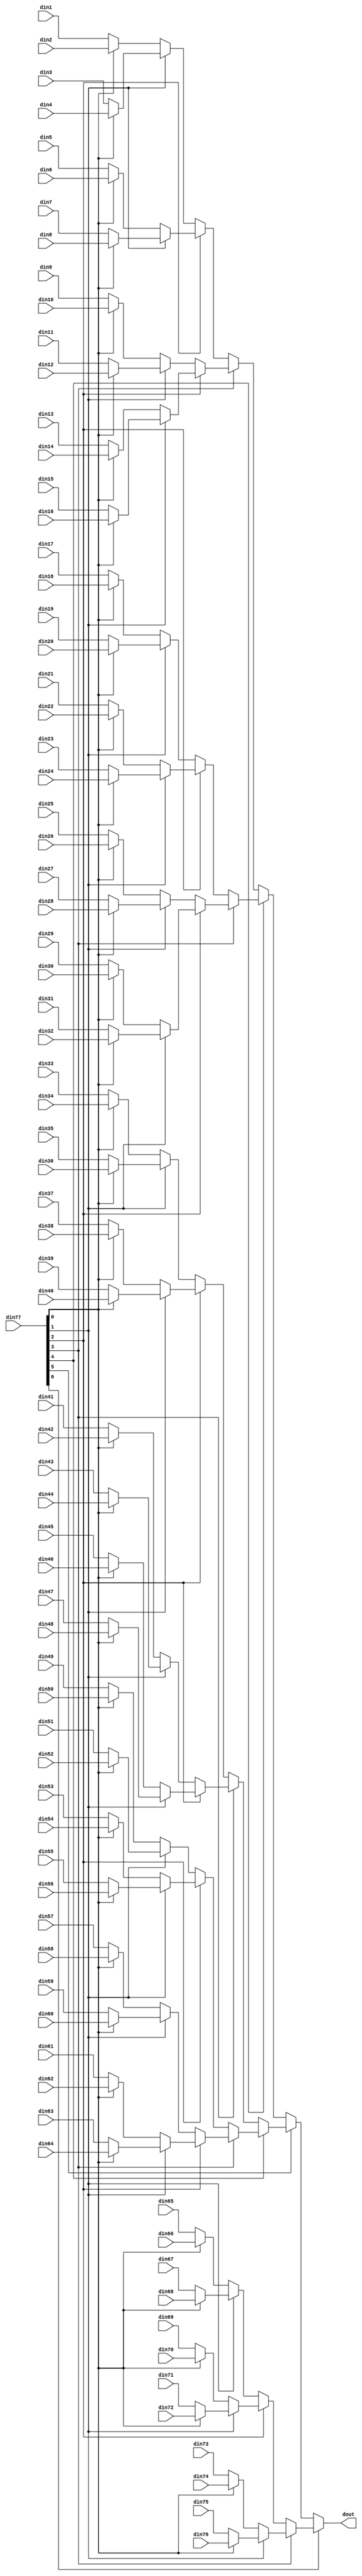
// ==============================================================
// File generated by Vivado(TM) HLS - High-Level Synthesis from C, C++ and SystemC
// Version: 2016.1
// Copyright (C) 1986-2016 Xilinx, Inc. All Rights Reserved.
// 
// ==============================================================


`timescale 1ns/1ps

module spk_transform_mux_76to1_sel7_32_1 #(
parameter
    ID                = 0,
    NUM_STAGE         = 1,
    din1_WIDTH       = 32,
    din2_WIDTH       = 32,
    din3_WIDTH       = 32,
    din4_WIDTH       = 32,
    din5_WIDTH       = 32,
    din6_WIDTH       = 32,
    din7_WIDTH       = 32,
    din8_WIDTH       = 32,
    din9_WIDTH       = 32,
    din10_WIDTH       = 32,
    din11_WIDTH       = 32,
    din12_WIDTH       = 32,
    din13_WIDTH       = 32,
    din14_WIDTH       = 32,
    din15_WIDTH       = 32,
    din16_WIDTH       = 32,
    din17_WIDTH       = 32,
    din18_WIDTH       = 32,
    din19_WIDTH       = 32,
    din20_WIDTH       = 32,
    din21_WIDTH       = 32,
    din22_WIDTH       = 32,
    din23_WIDTH       = 32,
    din24_WIDTH       = 32,
    din25_WIDTH       = 32,
    din26_WIDTH       = 32,
    din27_WIDTH       = 32,
    din28_WIDTH       = 32,
    din29_WIDTH       = 32,
    din30_WIDTH       = 32,
    din31_WIDTH       = 32,
    din32_WIDTH       = 32,
    din33_WIDTH       = 32,
    din34_WIDTH       = 32,
    din35_WIDTH       = 32,
    din36_WIDTH       = 32,
    din37_WIDTH       = 32,
    din38_WIDTH       = 32,
    din39_WIDTH       = 32,
    din40_WIDTH       = 32,
    din41_WIDTH       = 32,
    din42_WIDTH       = 32,
    din43_WIDTH       = 32,
    din44_WIDTH       = 32,
    din45_WIDTH       = 32,
    din46_WIDTH       = 32,
    din47_WIDTH       = 32,
    din48_WIDTH       = 32,
    din49_WIDTH       = 32,
    din50_WIDTH       = 32,
    din51_WIDTH       = 32,
    din52_WIDTH       = 32,
    din53_WIDTH       = 32,
    din54_WIDTH       = 32,
    din55_WIDTH       = 32,
    din56_WIDTH       = 32,
    din57_WIDTH       = 32,
    din58_WIDTH       = 32,
    din59_WIDTH       = 32,
    din60_WIDTH       = 32,
    din61_WIDTH       = 32,
    din62_WIDTH       = 32,
    din63_WIDTH       = 32,
    din64_WIDTH       = 32,
    din65_WIDTH       = 32,
    din66_WIDTH       = 32,
    din67_WIDTH       = 32,
    din68_WIDTH       = 32,
    din69_WIDTH       = 32,
    din70_WIDTH       = 32,
    din71_WIDTH       = 32,
    din72_WIDTH       = 32,
    din73_WIDTH       = 32,
    din74_WIDTH       = 32,
    din75_WIDTH       = 32,
    din76_WIDTH       = 32,
    din77_WIDTH         = 32,
    dout_WIDTH            = 32
)(
    input  [31 : 0]     din1,
    input  [31 : 0]     din2,
    input  [31 : 0]     din3,
    input  [31 : 0]     din4,
    input  [31 : 0]     din5,
    input  [31 : 0]     din6,
    input  [31 : 0]     din7,
    input  [31 : 0]     din8,
    input  [31 : 0]     din9,
    input  [31 : 0]     din10,
    input  [31 : 0]     din11,
    input  [31 : 0]     din12,
    input  [31 : 0]     din13,
    input  [31 : 0]     din14,
    input  [31 : 0]     din15,
    input  [31 : 0]     din16,
    input  [31 : 0]     din17,
    input  [31 : 0]     din18,
    input  [31 : 0]     din19,
    input  [31 : 0]     din20,
    input  [31 : 0]     din21,
    input  [31 : 0]     din22,
    input  [31 : 0]     din23,
    input  [31 : 0]     din24,
    input  [31 : 0]     din25,
    input  [31 : 0]     din26,
    input  [31 : 0]     din27,
    input  [31 : 0]     din28,
    input  [31 : 0]     din29,
    input  [31 : 0]     din30,
    input  [31 : 0]     din31,
    input  [31 : 0]     din32,
    input  [31 : 0]     din33,
    input  [31 : 0]     din34,
    input  [31 : 0]     din35,
    input  [31 : 0]     din36,
    input  [31 : 0]     din37,
    input  [31 : 0]     din38,
    input  [31 : 0]     din39,
    input  [31 : 0]     din40,
    input  [31 : 0]     din41,
    input  [31 : 0]     din42,
    input  [31 : 0]     din43,
    input  [31 : 0]     din44,
    input  [31 : 0]     din45,
    input  [31 : 0]     din46,
    input  [31 : 0]     din47,
    input  [31 : 0]     din48,
    input  [31 : 0]     din49,
    input  [31 : 0]     din50,
    input  [31 : 0]     din51,
    input  [31 : 0]     din52,
    input  [31 : 0]     din53,
    input  [31 : 0]     din54,
    input  [31 : 0]     din55,
    input  [31 : 0]     din56,
    input  [31 : 0]     din57,
    input  [31 : 0]     din58,
    input  [31 : 0]     din59,
    input  [31 : 0]     din60,
    input  [31 : 0]     din61,
    input  [31 : 0]     din62,
    input  [31 : 0]     din63,
    input  [31 : 0]     din64,
    input  [31 : 0]     din65,
    input  [31 : 0]     din66,
    input  [31 : 0]     din67,
    input  [31 : 0]     din68,
    input  [31 : 0]     din69,
    input  [31 : 0]     din70,
    input  [31 : 0]     din71,
    input  [31 : 0]     din72,
    input  [31 : 0]     din73,
    input  [31 : 0]     din74,
    input  [31 : 0]     din75,
    input  [31 : 0]     din76,
    input  [6 : 0]    din77,
    output [31 : 0]   dout);

// puts internal signals
wire [6 : 0]     sel;
// level 1 signals
wire [31 : 0]         mux_1_0;
wire [31 : 0]         mux_1_1;
wire [31 : 0]         mux_1_2;
wire [31 : 0]         mux_1_3;
wire [31 : 0]         mux_1_4;
wire [31 : 0]         mux_1_5;
wire [31 : 0]         mux_1_6;
wire [31 : 0]         mux_1_7;
wire [31 : 0]         mux_1_8;
wire [31 : 0]         mux_1_9;
wire [31 : 0]         mux_1_10;
wire [31 : 0]         mux_1_11;
wire [31 : 0]         mux_1_12;
wire [31 : 0]         mux_1_13;
wire [31 : 0]         mux_1_14;
wire [31 : 0]         mux_1_15;
wire [31 : 0]         mux_1_16;
wire [31 : 0]         mux_1_17;
wire [31 : 0]         mux_1_18;
wire [31 : 0]         mux_1_19;
wire [31 : 0]         mux_1_20;
wire [31 : 0]         mux_1_21;
wire [31 : 0]         mux_1_22;
wire [31 : 0]         mux_1_23;
wire [31 : 0]         mux_1_24;
wire [31 : 0]         mux_1_25;
wire [31 : 0]         mux_1_26;
wire [31 : 0]         mux_1_27;
wire [31 : 0]         mux_1_28;
wire [31 : 0]         mux_1_29;
wire [31 : 0]         mux_1_30;
wire [31 : 0]         mux_1_31;
wire [31 : 0]         mux_1_32;
wire [31 : 0]         mux_1_33;
wire [31 : 0]         mux_1_34;
wire [31 : 0]         mux_1_35;
wire [31 : 0]         mux_1_36;
wire [31 : 0]         mux_1_37;
// level 2 signals
wire [31 : 0]         mux_2_0;
wire [31 : 0]         mux_2_1;
wire [31 : 0]         mux_2_2;
wire [31 : 0]         mux_2_3;
wire [31 : 0]         mux_2_4;
wire [31 : 0]         mux_2_5;
wire [31 : 0]         mux_2_6;
wire [31 : 0]         mux_2_7;
wire [31 : 0]         mux_2_8;
wire [31 : 0]         mux_2_9;
wire [31 : 0]         mux_2_10;
wire [31 : 0]         mux_2_11;
wire [31 : 0]         mux_2_12;
wire [31 : 0]         mux_2_13;
wire [31 : 0]         mux_2_14;
wire [31 : 0]         mux_2_15;
wire [31 : 0]         mux_2_16;
wire [31 : 0]         mux_2_17;
wire [31 : 0]         mux_2_18;
// level 3 signals
wire [31 : 0]         mux_3_0;
wire [31 : 0]         mux_3_1;
wire [31 : 0]         mux_3_2;
wire [31 : 0]         mux_3_3;
wire [31 : 0]         mux_3_4;
wire [31 : 0]         mux_3_5;
wire [31 : 0]         mux_3_6;
wire [31 : 0]         mux_3_7;
wire [31 : 0]         mux_3_8;
wire [31 : 0]         mux_3_9;
// level 4 signals
wire [31 : 0]         mux_4_0;
wire [31 : 0]         mux_4_1;
wire [31 : 0]         mux_4_2;
wire [31 : 0]         mux_4_3;
wire [31 : 0]         mux_4_4;
// level 5 signals
wire [31 : 0]         mux_5_0;
wire [31 : 0]         mux_5_1;
wire [31 : 0]         mux_5_2;
// level 6 signals
wire [31 : 0]         mux_6_0;
wire [31 : 0]         mux_6_1;
// level 7 signals
wire [31 : 0]         mux_7_0;

assign sel = din77;

// Generate level 1 logic
assign mux_1_0 = (sel[0] == 0)? din1 : din2;
assign mux_1_1 = (sel[0] == 0)? din3 : din4;
assign mux_1_2 = (sel[0] == 0)? din5 : din6;
assign mux_1_3 = (sel[0] == 0)? din7 : din8;
assign mux_1_4 = (sel[0] == 0)? din9 : din10;
assign mux_1_5 = (sel[0] == 0)? din11 : din12;
assign mux_1_6 = (sel[0] == 0)? din13 : din14;
assign mux_1_7 = (sel[0] == 0)? din15 : din16;
assign mux_1_8 = (sel[0] == 0)? din17 : din18;
assign mux_1_9 = (sel[0] == 0)? din19 : din20;
assign mux_1_10 = (sel[0] == 0)? din21 : din22;
assign mux_1_11 = (sel[0] == 0)? din23 : din24;
assign mux_1_12 = (sel[0] == 0)? din25 : din26;
assign mux_1_13 = (sel[0] == 0)? din27 : din28;
assign mux_1_14 = (sel[0] == 0)? din29 : din30;
assign mux_1_15 = (sel[0] == 0)? din31 : din32;
assign mux_1_16 = (sel[0] == 0)? din33 : din34;
assign mux_1_17 = (sel[0] == 0)? din35 : din36;
assign mux_1_18 = (sel[0] == 0)? din37 : din38;
assign mux_1_19 = (sel[0] == 0)? din39 : din40;
assign mux_1_20 = (sel[0] == 0)? din41 : din42;
assign mux_1_21 = (sel[0] == 0)? din43 : din44;
assign mux_1_22 = (sel[0] == 0)? din45 : din46;
assign mux_1_23 = (sel[0] == 0)? din47 : din48;
assign mux_1_24 = (sel[0] == 0)? din49 : din50;
assign mux_1_25 = (sel[0] == 0)? din51 : din52;
assign mux_1_26 = (sel[0] == 0)? din53 : din54;
assign mux_1_27 = (sel[0] == 0)? din55 : din56;
assign mux_1_28 = (sel[0] == 0)? din57 : din58;
assign mux_1_29 = (sel[0] == 0)? din59 : din60;
assign mux_1_30 = (sel[0] == 0)? din61 : din62;
assign mux_1_31 = (sel[0] == 0)? din63 : din64;
assign mux_1_32 = (sel[0] == 0)? din65 : din66;
assign mux_1_33 = (sel[0] == 0)? din67 : din68;
assign mux_1_34 = (sel[0] == 0)? din69 : din70;
assign mux_1_35 = (sel[0] == 0)? din71 : din72;
assign mux_1_36 = (sel[0] == 0)? din73 : din74;
assign mux_1_37 = (sel[0] == 0)? din75 : din76;

// Generate level 2 logic
assign mux_2_0 = (sel[1] == 0)? mux_1_0 : mux_1_1;
assign mux_2_1 = (sel[1] == 0)? mux_1_2 : mux_1_3;
assign mux_2_2 = (sel[1] == 0)? mux_1_4 : mux_1_5;
assign mux_2_3 = (sel[1] == 0)? mux_1_6 : mux_1_7;
assign mux_2_4 = (sel[1] == 0)? mux_1_8 : mux_1_9;
assign mux_2_5 = (sel[1] == 0)? mux_1_10 : mux_1_11;
assign mux_2_6 = (sel[1] == 0)? mux_1_12 : mux_1_13;
assign mux_2_7 = (sel[1] == 0)? mux_1_14 : mux_1_15;
assign mux_2_8 = (sel[1] == 0)? mux_1_16 : mux_1_17;
assign mux_2_9 = (sel[1] == 0)? mux_1_18 : mux_1_19;
assign mux_2_10 = (sel[1] == 0)? mux_1_20 : mux_1_21;
assign mux_2_11 = (sel[1] == 0)? mux_1_22 : mux_1_23;
assign mux_2_12 = (sel[1] == 0)? mux_1_24 : mux_1_25;
assign mux_2_13 = (sel[1] == 0)? mux_1_26 : mux_1_27;
assign mux_2_14 = (sel[1] == 0)? mux_1_28 : mux_1_29;
assign mux_2_15 = (sel[1] == 0)? mux_1_30 : mux_1_31;
assign mux_2_16 = (sel[1] == 0)? mux_1_32 : mux_1_33;
assign mux_2_17 = (sel[1] == 0)? mux_1_34 : mux_1_35;
assign mux_2_18 = (sel[1] == 0)? mux_1_36 : mux_1_37;

// Generate level 3 logic
assign mux_3_0 = (sel[2] == 0)? mux_2_0 : mux_2_1;
assign mux_3_1 = (sel[2] == 0)? mux_2_2 : mux_2_3;
assign mux_3_2 = (sel[2] == 0)? mux_2_4 : mux_2_5;
assign mux_3_3 = (sel[2] == 0)? mux_2_6 : mux_2_7;
assign mux_3_4 = (sel[2] == 0)? mux_2_8 : mux_2_9;
assign mux_3_5 = (sel[2] == 0)? mux_2_10 : mux_2_11;
assign mux_3_6 = (sel[2] == 0)? mux_2_12 : mux_2_13;
assign mux_3_7 = (sel[2] == 0)? mux_2_14 : mux_2_15;
assign mux_3_8 = (sel[2] == 0)? mux_2_16 : mux_2_17;
assign mux_3_9 = mux_2_18;

// Generate level 4 logic
assign mux_4_0 = (sel[3] == 0)? mux_3_0 : mux_3_1;
assign mux_4_1 = (sel[3] == 0)? mux_3_2 : mux_3_3;
assign mux_4_2 = (sel[3] == 0)? mux_3_4 : mux_3_5;
assign mux_4_3 = (sel[3] == 0)? mux_3_6 : mux_3_7;
assign mux_4_4 = (sel[3] == 0)? mux_3_8 : mux_3_9;

// Generate level 5 logic
assign mux_5_0 = (sel[4] == 0)? mux_4_0 : mux_4_1;
assign mux_5_1 = (sel[4] == 0)? mux_4_2 : mux_4_3;
assign mux_5_2 = mux_4_4;

// Generate level 6 logic
assign mux_6_0 = (sel[5] == 0)? mux_5_0 : mux_5_1;
assign mux_6_1 = mux_5_2;

// Generate level 7 logic
assign mux_7_0 = (sel[6] == 0)? mux_6_0 : mux_6_1;

// output logic
assign dout = mux_7_0;

endmodule